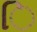
િ